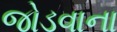
જોડવાના